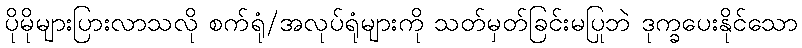
ပိုမိုများပြားလာသလို စက်ရုံ/အလုပ်ရုံများကို သတ်မှတ်ခြင်းမပြုဘဲ ဒုက္ခပေးနိုင်သော